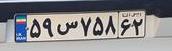
۵۹س۷۵۸۶۲